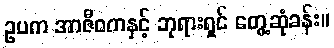
ဥပက အာဇီဝကနှင့် ဘုရားရှင် တွေ့ဆုံခန်း။